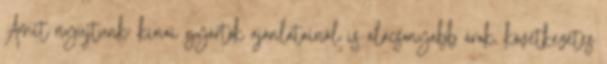
Amit nyújtunk: kínai gyártók ajánlatainál is alacsonyabb árak, következetes